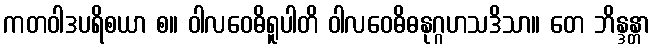
ကတဝါဒပရိစယာ စ။ ဝါလဝေဓိရူပါတိ ဝါလဝေဓိဓနုဂ္ဂဟသဒိသာ။ တေ ဘိန္ဒန္တာ